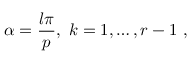
\alpha = \frac { l \pi } { p } , \, \, k = 1 , \ldots , r - 1 \, \, ,